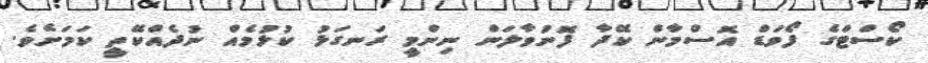
ކޯސްޓްގެ ފޯވަޑް އޮސްމާން ކޭދާ ފޮނުވާލަން ނިންމީ ރަނގަޅު ކުޅުމެއް ނުދެއްކޭތީ ކަމަށެވެ.